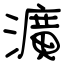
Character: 瀇